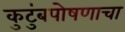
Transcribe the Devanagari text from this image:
कुटुंबपोषणाचा